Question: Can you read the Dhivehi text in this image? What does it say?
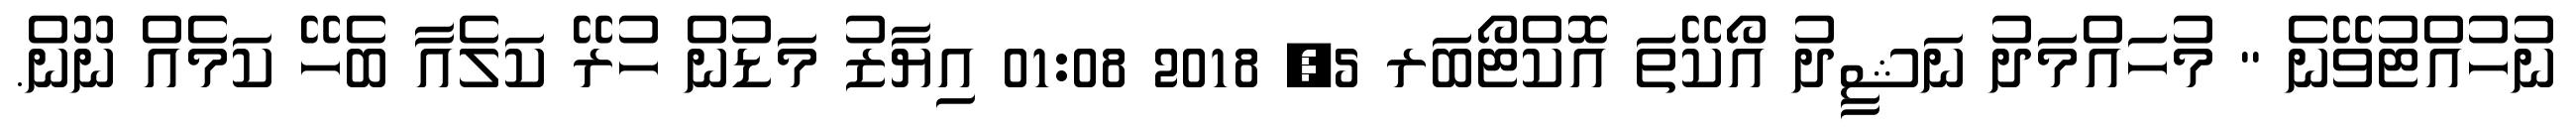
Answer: ނުހުއްޓުވޭނެ " މުހައްމަދު ނަޝީދު އޯކޭތަ އޮކްޓޯބަރ 5, 2018 01:08 އިޔާޒު މަޑުން ހުރޭ ކަލެއާ ބެހޭ ކަމެއް ނޫން.